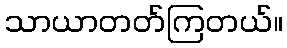
သာယာတတ်ကြတယ်။